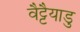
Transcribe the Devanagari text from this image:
वैट्टैयाडु